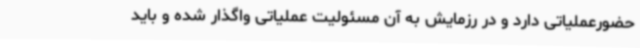
حضورعملیاتی دارد و در رزمایش به آن مسئولیت عملیاتی واگذار شده و باید